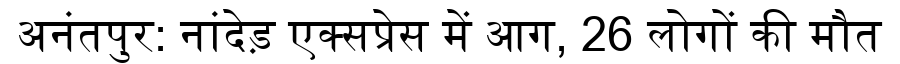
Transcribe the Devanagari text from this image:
अनंतपुर: नांदेड़ एक्सप्रेस में आग, 26 लोगों की मौत